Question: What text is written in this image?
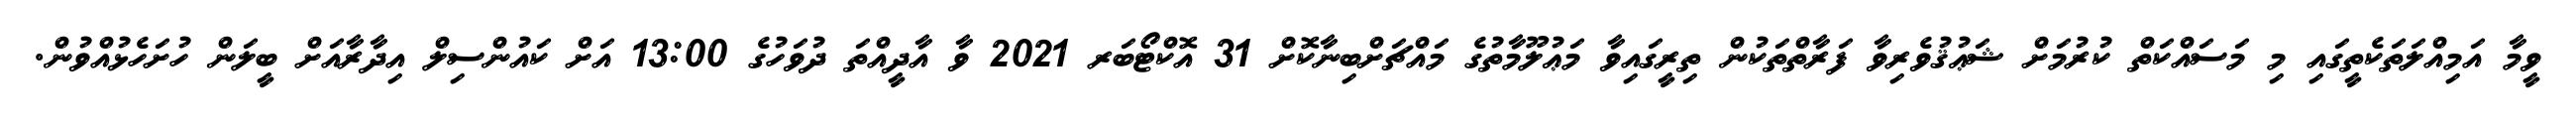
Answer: ވީމާ އަމިއްލަތަކެތީގައި މި މަސައްކަތް ކުރުމަށް ޝަޢުޤުވެރިވާ ފަރާތްތަކުން ތިރީގައިވާ މަޢުލޫމާތުގެ މައްޗަށްބިނާކޮށް 31 އޮކްޓޯބަރ 2021 ވާ އާދީއްތަ ދުވަހުގެ 13:00 އަށް ކައުންސިލް އިދާރާއަށް ބީލަން ހުށަހެޅުއްވުން.